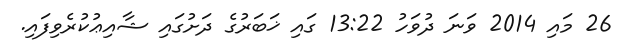
26 މައި 2014 ވަނަ ދުވަހު 13:22 ގައި ޚަބަރުގެ ދަށުގައި ޝާއިޢުކުރެވިފައި.